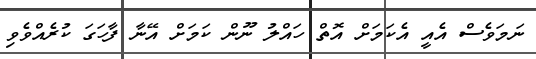
ނަމަވެސް އެއީ އެކަމަށް އޮތް ހައްލު ނޫން ކަމަށް އޭނާ ފާހަގަ ކުރެއްވެވި